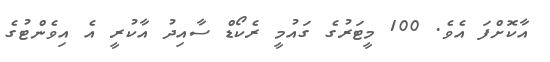
އާކޮށްފަ އެވެ. 100 މީޓަރުގެ ގައުމީ ރެކޯޑް ސާއިދު އާކުރީ އެ އިވެންޓުގެ